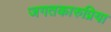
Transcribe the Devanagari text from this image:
जगतकारुप्रिया